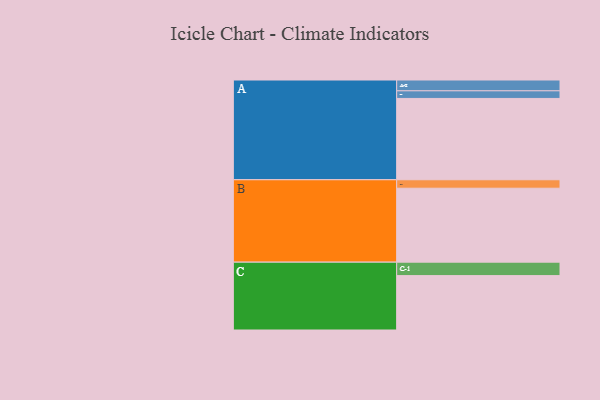
{"axis": {"x": "Segment", "y": "Value"}, "legend": ["", "A", "B", "C"], "data": [{"x": "A", "y": 586, "type": ""}, {"x": "B", "y": 533, "type": ""}, {"x": "C", "y": 392, "type": ""}, {"x": "A-1", "y": 55, "type": "A"}, {"x": "A-2", "y": 78, "type": "A"}, {"x": "B-1", "y": 61, "type": "B"}, {"x": "C-1", "y": 97, "type": "C"}]}